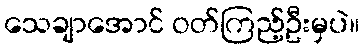
သေချာအောင် ဝတ်ကြည့်ဦးမှပဲ။